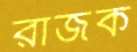
রাজক